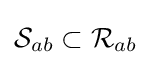
{\mathcal {S}}_{ab}\subset {\mathcal {R}}_{ab}